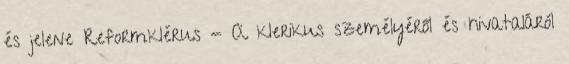
és jelene Reformklérus - A klerikus személyéről és hivataláról